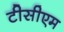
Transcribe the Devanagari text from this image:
टीसीएम